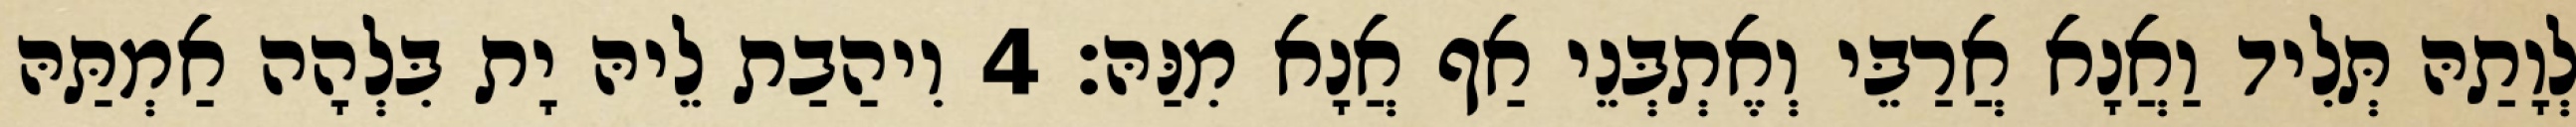
לְוָתַהּ תְּלִיד וַאֲנָא אֲרַבֵּי וְאֶתְבְּנֵי אַף אֲנָא מִנַּהּ׃ 4 וִיהַבַת לֵיהּ יָת בִּלְהָה אַמְתַּהּ